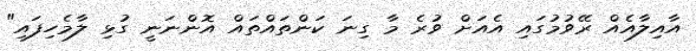
އާއިލާއެއް ރޭވުމުގައި އެއަށް ވުރެ މާ ގިނަ ކަންތައްތައް އޮންނަނީ ގުޅި ލާމެހިފައި"